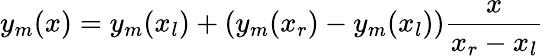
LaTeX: y_{m}(x)=y_{m}(x_{l})+\left(y_{m}(x_{r})-y_{m}(x_{l})\right)\frac{x}{x_{r}-x_{l}}